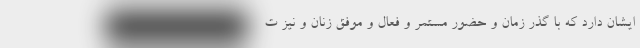
ایشان دارد که با گذر زمان و حضور مستمر و فعال و موفق زنان و نیز ت